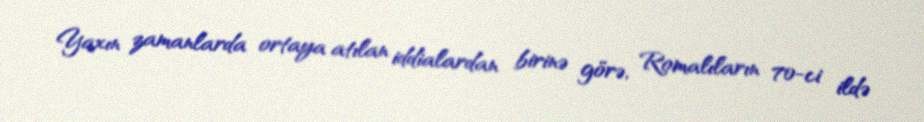
Yaxın zamanlarda ortaya atılan iddialardan birinə görə, Romalıların 70-ci ildə